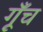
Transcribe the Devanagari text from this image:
गूँच